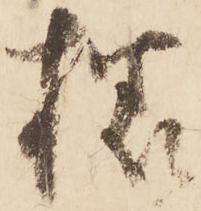
様